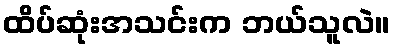
ထိပ်ဆုံးအသင်းက ဘယ်သူလဲ။